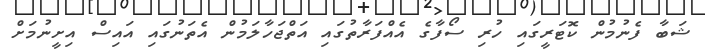
ޝަބާ ފެނުމުން ކޮޓަރީގައި ހުރި ސޯފާގެ އެއްފަރާތުގައި އަތްޖަހާލަމުން އެތަނުގައި އައިސް އިށީނުމަށް